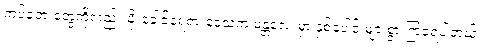
ကပ်ဘေးတွေကိုလည်း မိုးခေါင်ရေရှားဒေသက မန္တလေးမှာ နှစ်ပေါင်းများစွာ ကြုံခဲ့ရပါတယ်။